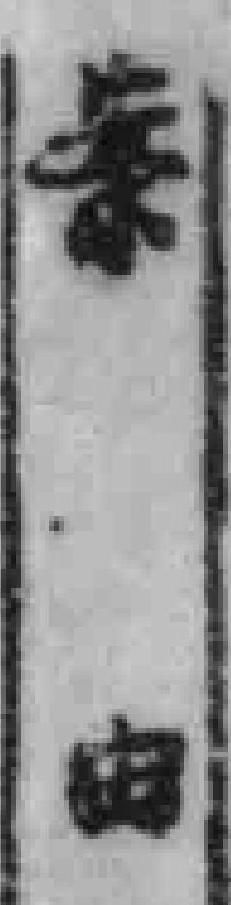
案由